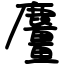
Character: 麠